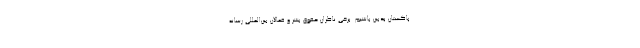
پاکستان بدبین باشیم. برخی ناظران حقوق بشر و فعالان بین‌المللی رسانه